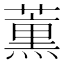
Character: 𮑜